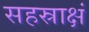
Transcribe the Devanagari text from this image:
सहस्राक्षं